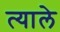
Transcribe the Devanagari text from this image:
त्याले